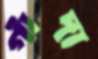
গাঁদা